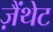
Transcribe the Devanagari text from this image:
ज़ैंथेट